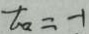
t _ { a } = - 1